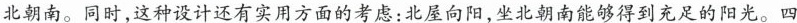
北朝南。同时，这种设计还有实用方面的考虑：北屋向阳，坐北朝南能够得到充足的阳光。四